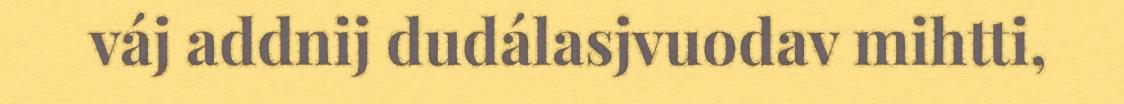
váj addnij dudálasjvuodav mihtti,